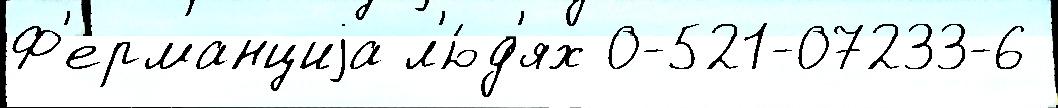
Ф'ерманциjа л'ю́д'ях 0-521-07233-6